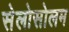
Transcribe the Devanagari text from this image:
सेलोसोलम